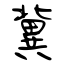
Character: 冀